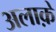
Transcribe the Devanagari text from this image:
अलाक़े